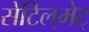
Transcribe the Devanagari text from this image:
सेटिल्‌मेट्